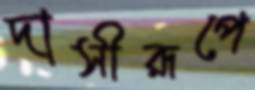
দাসীরূপে